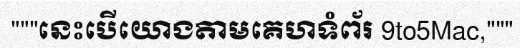
"""នេះបើយោងតាមគេហទំព័រ 9to5Mac,"""